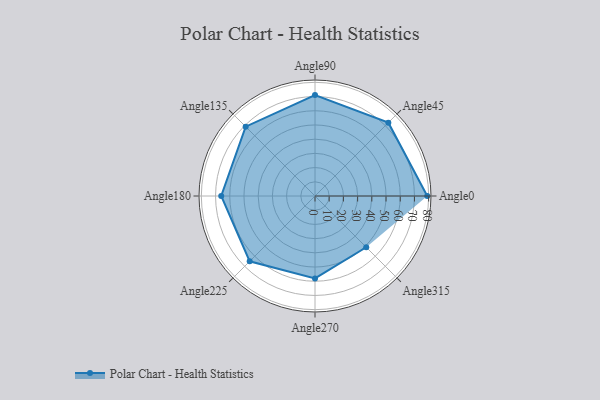
{"axis": {"x": "Angle", "y": "Radius"}, "legend": [""], "data": [{"x": "Angle0", "y": 79.0, "type": ""}, {"x": "Angle45", "y": 73.0, "type": ""}, {"x": "Angle90", "y": 71.0, "type": ""}, {"x": "Angle135", "y": 69.0, "type": ""}, {"x": "Angle180", "y": 66.0, "type": ""}, {"x": "Angle225", "y": 65.0, "type": ""}, {"x": "Angle270", "y": 58.0, "type": ""}, {"x": "Angle315", "y": 51.0, "type": ""}]}